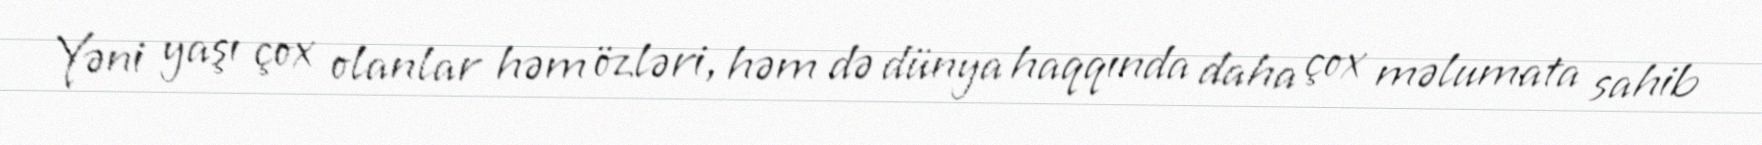
Yəni yaşı çox olanlar həm özləri, həm də dünya haqqında daha çox məlumata sahib